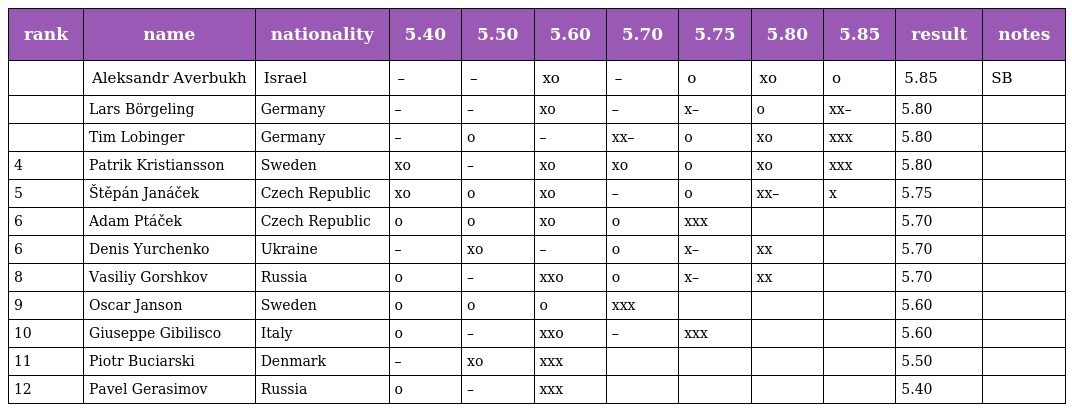
| rank | name | nationality | 5.40 | 5.50 | 5.60 | 5.70 | 5.75 | 5.80 | 5.85 | result | notes |
 | --- | --- | --- | --- | --- | --- | --- | --- | --- | --- | --- | --- |
 |  | Aleksandr Averbukh | Israel | – | – | xo | – | o | xo | o | 5.85 | SB |
 |  | Lars Börgeling | Germany | – | – | xo | – | x– | o | xx– | 5.80 |  |
 |  | Tim Lobinger | Germany | – | o | – | xx– | o | xo | xxx | 5.80 |  |
 | 4 | Patrik Kristiansson | Sweden | xo | – | xo | xo | o | xo | xxx | 5.80 |  |
 | 5 | Štěpán Janáček | Czech Republic | xo | o | xo | – | o | xx– | x | 5.75 |  |
 | 6 | Adam Ptáček | Czech Republic | o | o | xo | o | xxx |  |  | 5.70 |  |
 | 6 | Denis Yurchenko | Ukraine | – | xo | – | o | x– | xx |  | 5.70 |  |
 | 8 | Vasiliy Gorshkov | Russia | o | – | xxo | o | x– | xx |  | 5.70 |  |
 | 9 | Oscar Janson | Sweden | o | o | o | xxx |  |  |  | 5.60 |  |
 | 10 | Giuseppe Gibilisco | Italy | o | – | xxo | – | xxx |  |  | 5.60 |  |
 | 11 | Piotr Buciarski | Denmark | – | xo | xxx |  |  |  |  | 5.50 |  |
 | 12 | Pavel Gerasimov | Russia | o | – | xxx |  |  |  |  | 5.40 |  |